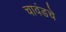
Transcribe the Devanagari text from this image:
चावंडचे